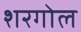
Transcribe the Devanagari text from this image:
शरगोल